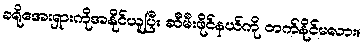
ခရိုအေးရှားကိုအနိုင်ယူပြီး ဆီမီးဖိုင်နယ်ကို တက်နိုင်မလား။